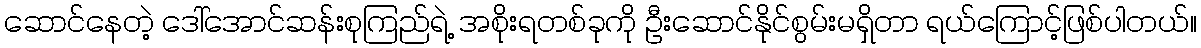
ဆောင်နေတဲ့ ဒေါ်အောင်ဆန်းစုကြည်ရဲ့ အစိုးရတစ်ခုကို ဦးဆောင်နိုင်စွမ်းမရှိတာ ရယ်ကြောင့်ဖြစ်ပါတယ်။